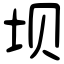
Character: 坝